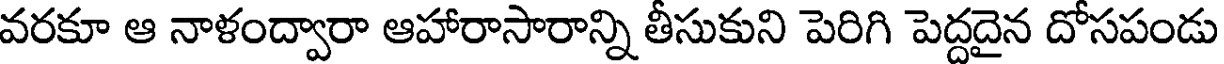
వరకూ ఆ నాళంద్వారా ఆహారాసారాన్ని తీసుకుని పెరిగి పెద్దదైన దోసపండు